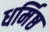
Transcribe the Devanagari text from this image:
धर्मिष्ठ